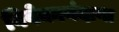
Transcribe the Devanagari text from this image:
विवेकानंदाना